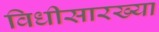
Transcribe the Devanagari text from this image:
विधीसारख्या